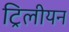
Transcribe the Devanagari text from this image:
ट्रिलीयन